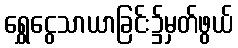
ရွှေငွေသာယာခြင်း၌မှတ်ဖွယ်